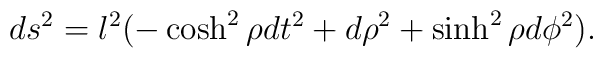
ds^2= l^2(-\cosh^2\rho dt^2 +d\rho^2 + \sinh^2\rho d\phi^2).